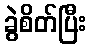
ခွဲစိတ်ပြီး